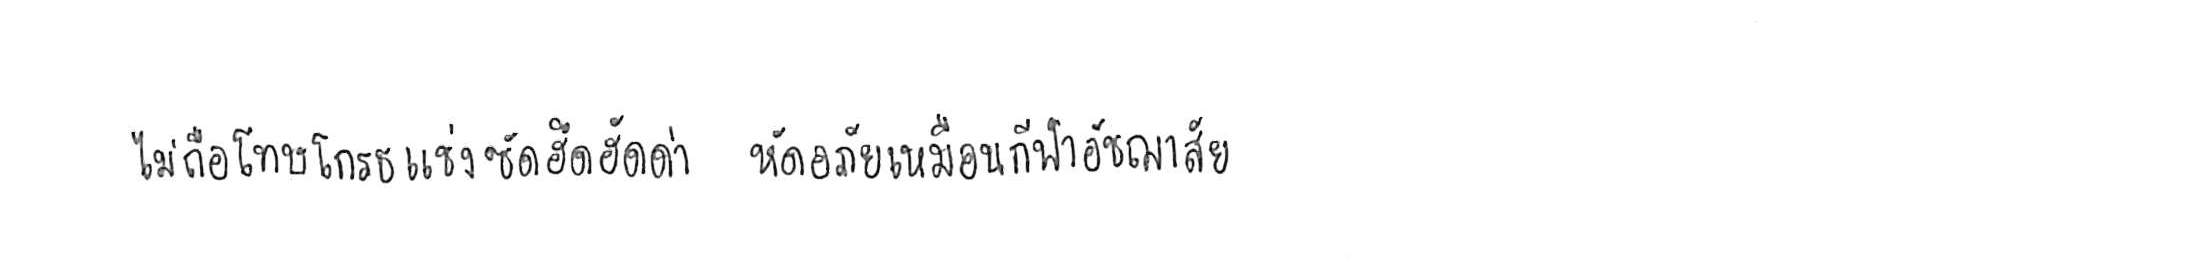
ไม่ถือโทษโกรธแช่งซัดฮึดฮัดด่า หัดอภัยเหมือนกีฬาอัชฌาสัย